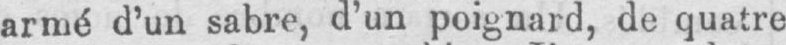
armé d’un sabre, d’un poignard, de quatre